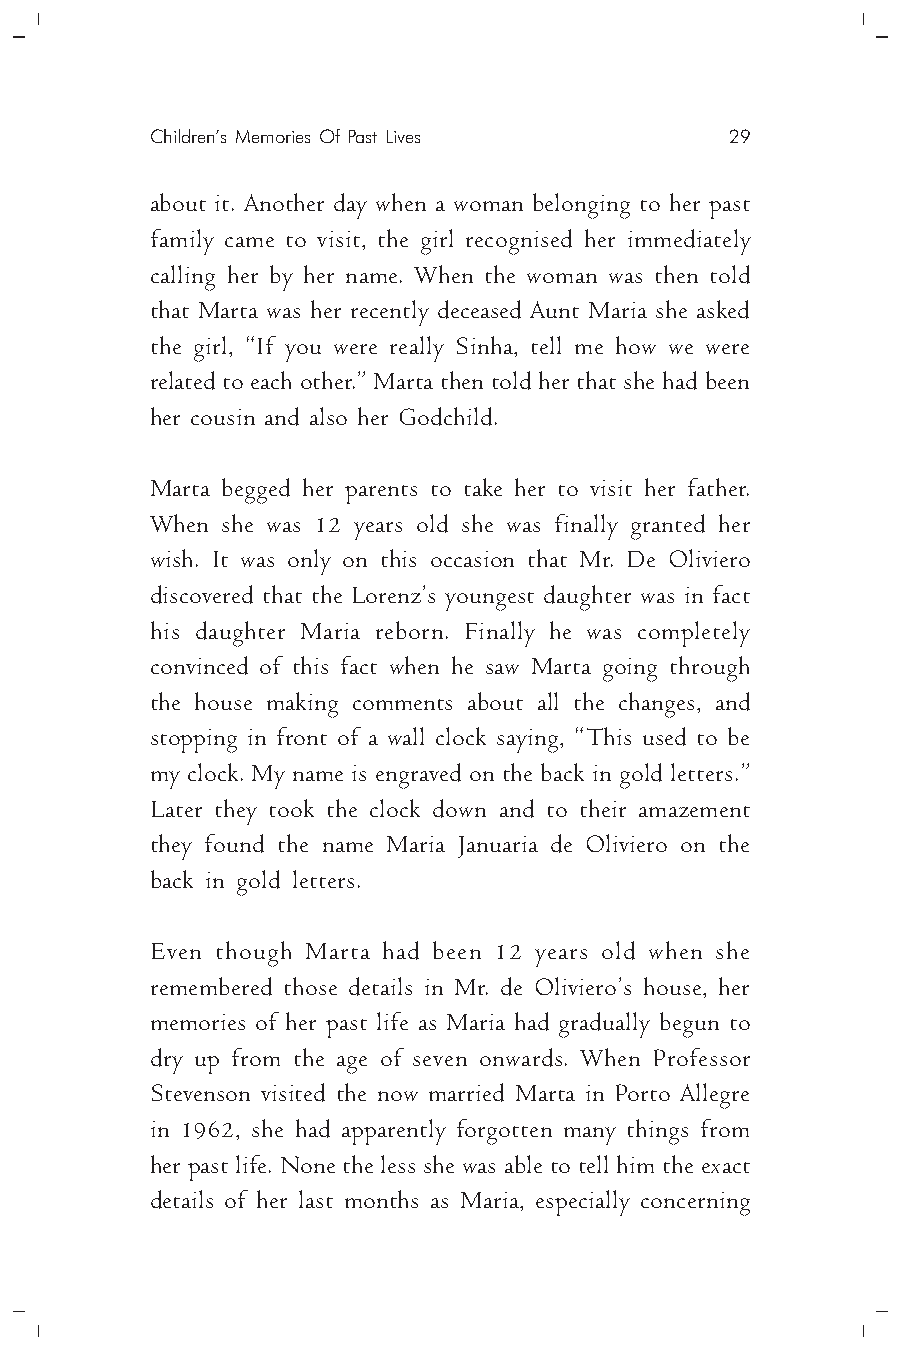
Children’s Memories Of Past Lives     29
 about it. Another day when a woman belonging to her past
 family came to visit, the girl recognised her immediately
 calling her by her name. When the woman was then told
 that Marta was her recently deceased Aunt Maria she asked
 the girl, “If you were really Sinha, tell me how we were
 related to each other.” Marta then told her that she had been
 her cousin and also her Godchild.
 Marta begged her parents to take her to visit her father.
 When she was 12 years old she was finally granted her
 wish. It was only on this occasion that Mr. De Oliviero
 discovered that the Lorenz’s youngest daughter was in fact
 his daughter Maria reborn. Finally he was completely
 convinced of this fact when he saw Marta going through
 the house making comments about all the changes, and
 stopping in front of a wall clock saying, “This used to be
 my clock. My name is engraved on the back in gold letters.”
 Later they took the clock down and to their amazement
 they found the name Maria Januaria de Oliviero on the
 back in gold letters.
 Even though Marta had been 12 years old when she
 remembered those details in Mr. de Oliviero’s house, her
 memories of her past life as Maria had gradually begun to
 dry up from the age of seven onwards. When Professor
 Stevenson visited the now married Marta in Porto Allegre
 in 1962, she had apparently forgotten many things from
 her past life. None the less she was able to tell him the exact
 details of her last months as Maria, especially concerning